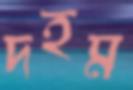
দহম